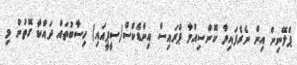
ޕްލޭނިން އިން ނެރެފައިވާ ކޮންސިއުމާ ޕްރައިސް އިންޑެކްސް(ސީޕީއައި) ހިސާބުތައް ދައްކާ ގޮތުން މި